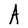
Character: A